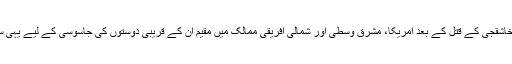
تاہم اس کے علاوہ بھی جمال خاشقجی کے قتل کے بعد امریکا، مشرق وسطیٰ اور شمالی افریقی ممالک میں مقیم ان کے قریبی دوستوں کی جاسوسی کے لیے یہی سافٹ ویئر استعمال کیا گیا تھا۔